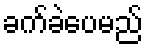
ခက်ခဲပေမည်